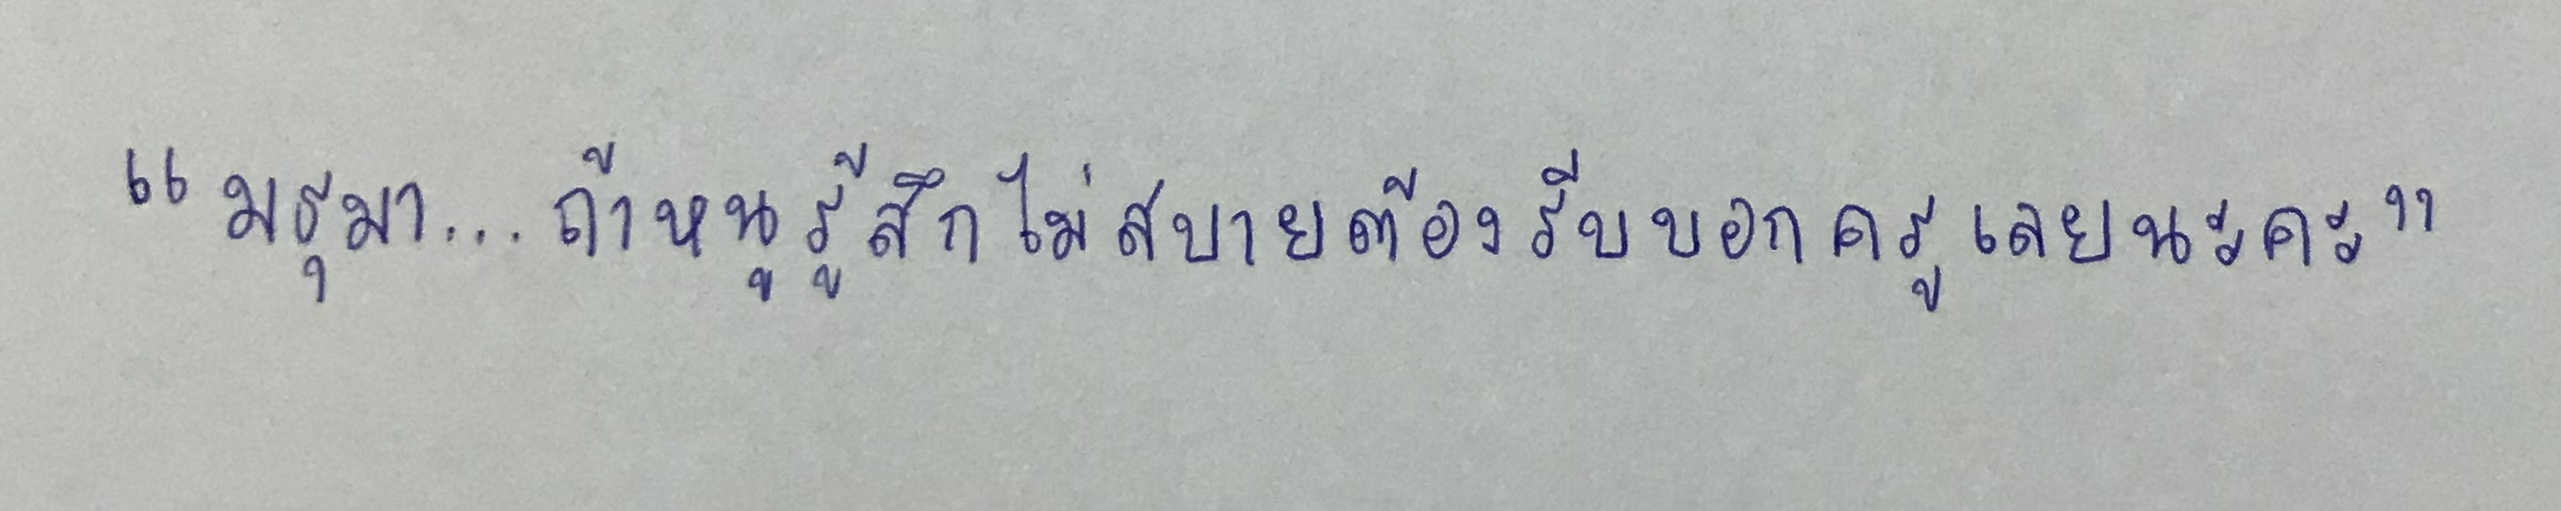
"มธุมา...ถ้าหนูรู้สึกไม่สบายต้องรีบบอกครูเลยนะคะ"